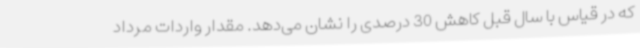
که در قیاس با سال قبل کاهش 30 درصدی را نشان می‌دهد. مقدار واردات مرداد